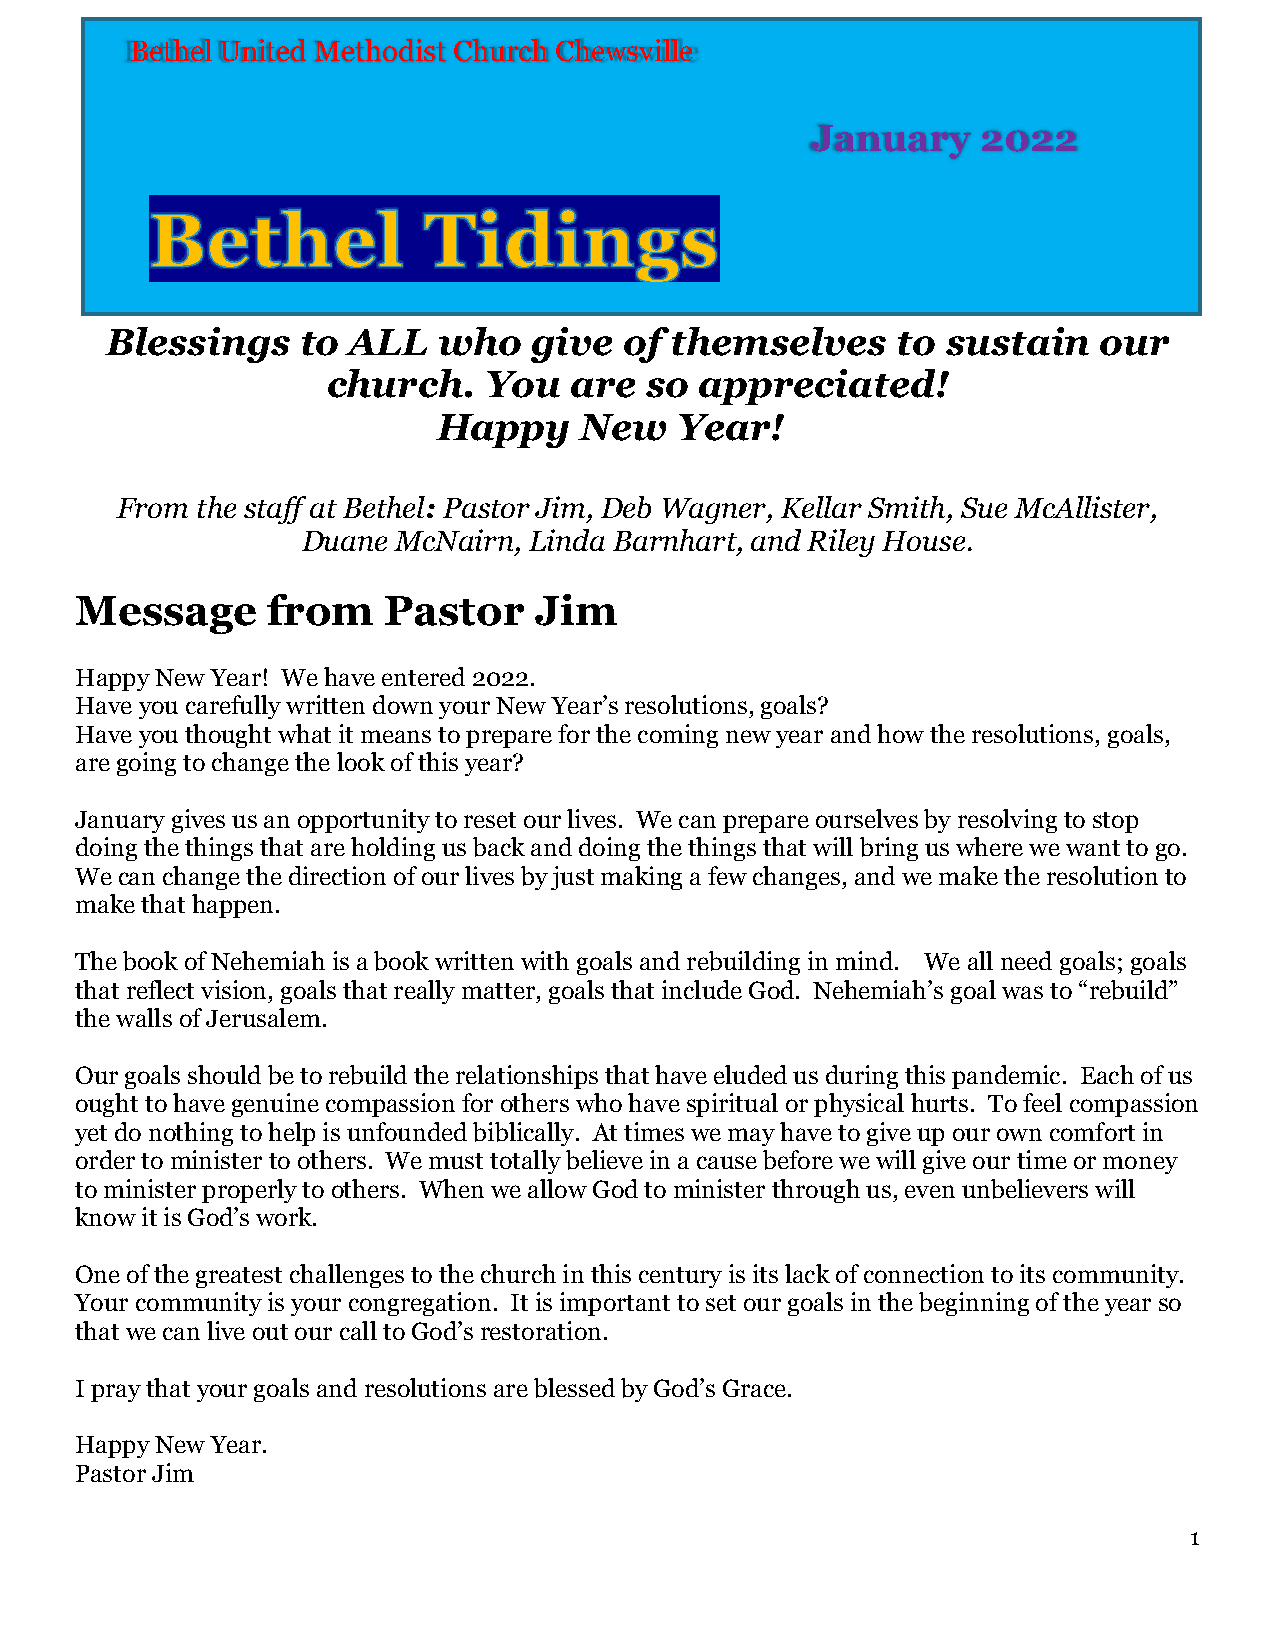
Bethel United Methodist Church Chewsville
 January    2022
 Blessings    to ALL   who   give  of themselves     to  sustain   our
 church.   You   are  so appreciated!
 Happy    New    Year!
 From the staff at Bethel: Pastor Jim, Deb Wagner, Kellar Smith, Sue McAllister,
 Duane McNairn, Linda Barnhart, and Riley House.
 Message      from   Pastor    Jim
 Happy New Year! We have entered 2022.
 Have you carefully written down your New Year’s resolutions, goals?
 Have you thought what it means to prepare for the coming new year and how the resolutions, goals,
 are going to change the look of this year?
 January gives us an opportunity to reset our lives. We can prepare ourselves by resolving to stop
 doing the things that are holding us back and doing the things that will bring us where we want to go.
 We can change the direction of our lives by just making a few changes, and we make the resolution to
 make that happen.
 The book of Nehemiah is a book written with goals and rebuilding in mind. We all need goals; goals
 that reflect vision, goals that really matter, goals that include God. Nehemiah’s goal was to “rebuild”
 the walls of Jerusalem.
 Our goals should be to rebuild the relationships that have eluded us during this pandemic. Each of us
 ought to have genuine compassion for others who have spiritual or physical hurts. To feel compassion
 yet do nothing to help is unfounded biblically. At times we may have to give up our own comfort in
 order to minister to others. We must totally believe in a cause before we will give our time or money
 to minister properly to others. When we allow God to minister through us, even unbelievers will
 know it is God’s work.
 One of the greatest challenges to the church in this century is its lack of connection to its community.
 Your community is your congregation. It is important to set our goals in the beginning of the year so
 that we can live out our call to God’s restoration.
 I pray that your goals and resolutions are blessed by God’s Grace.
 Happy New Year.
 Pastor Jim
 1